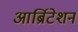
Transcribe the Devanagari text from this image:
आर्ब्रिटेशन